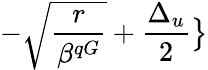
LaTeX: -\sqrt{\frac{r}{\beta^{qG}}}+\frac{\Delta_{u}}{2}\big\}